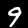
Digit: 9